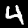
Label: 4